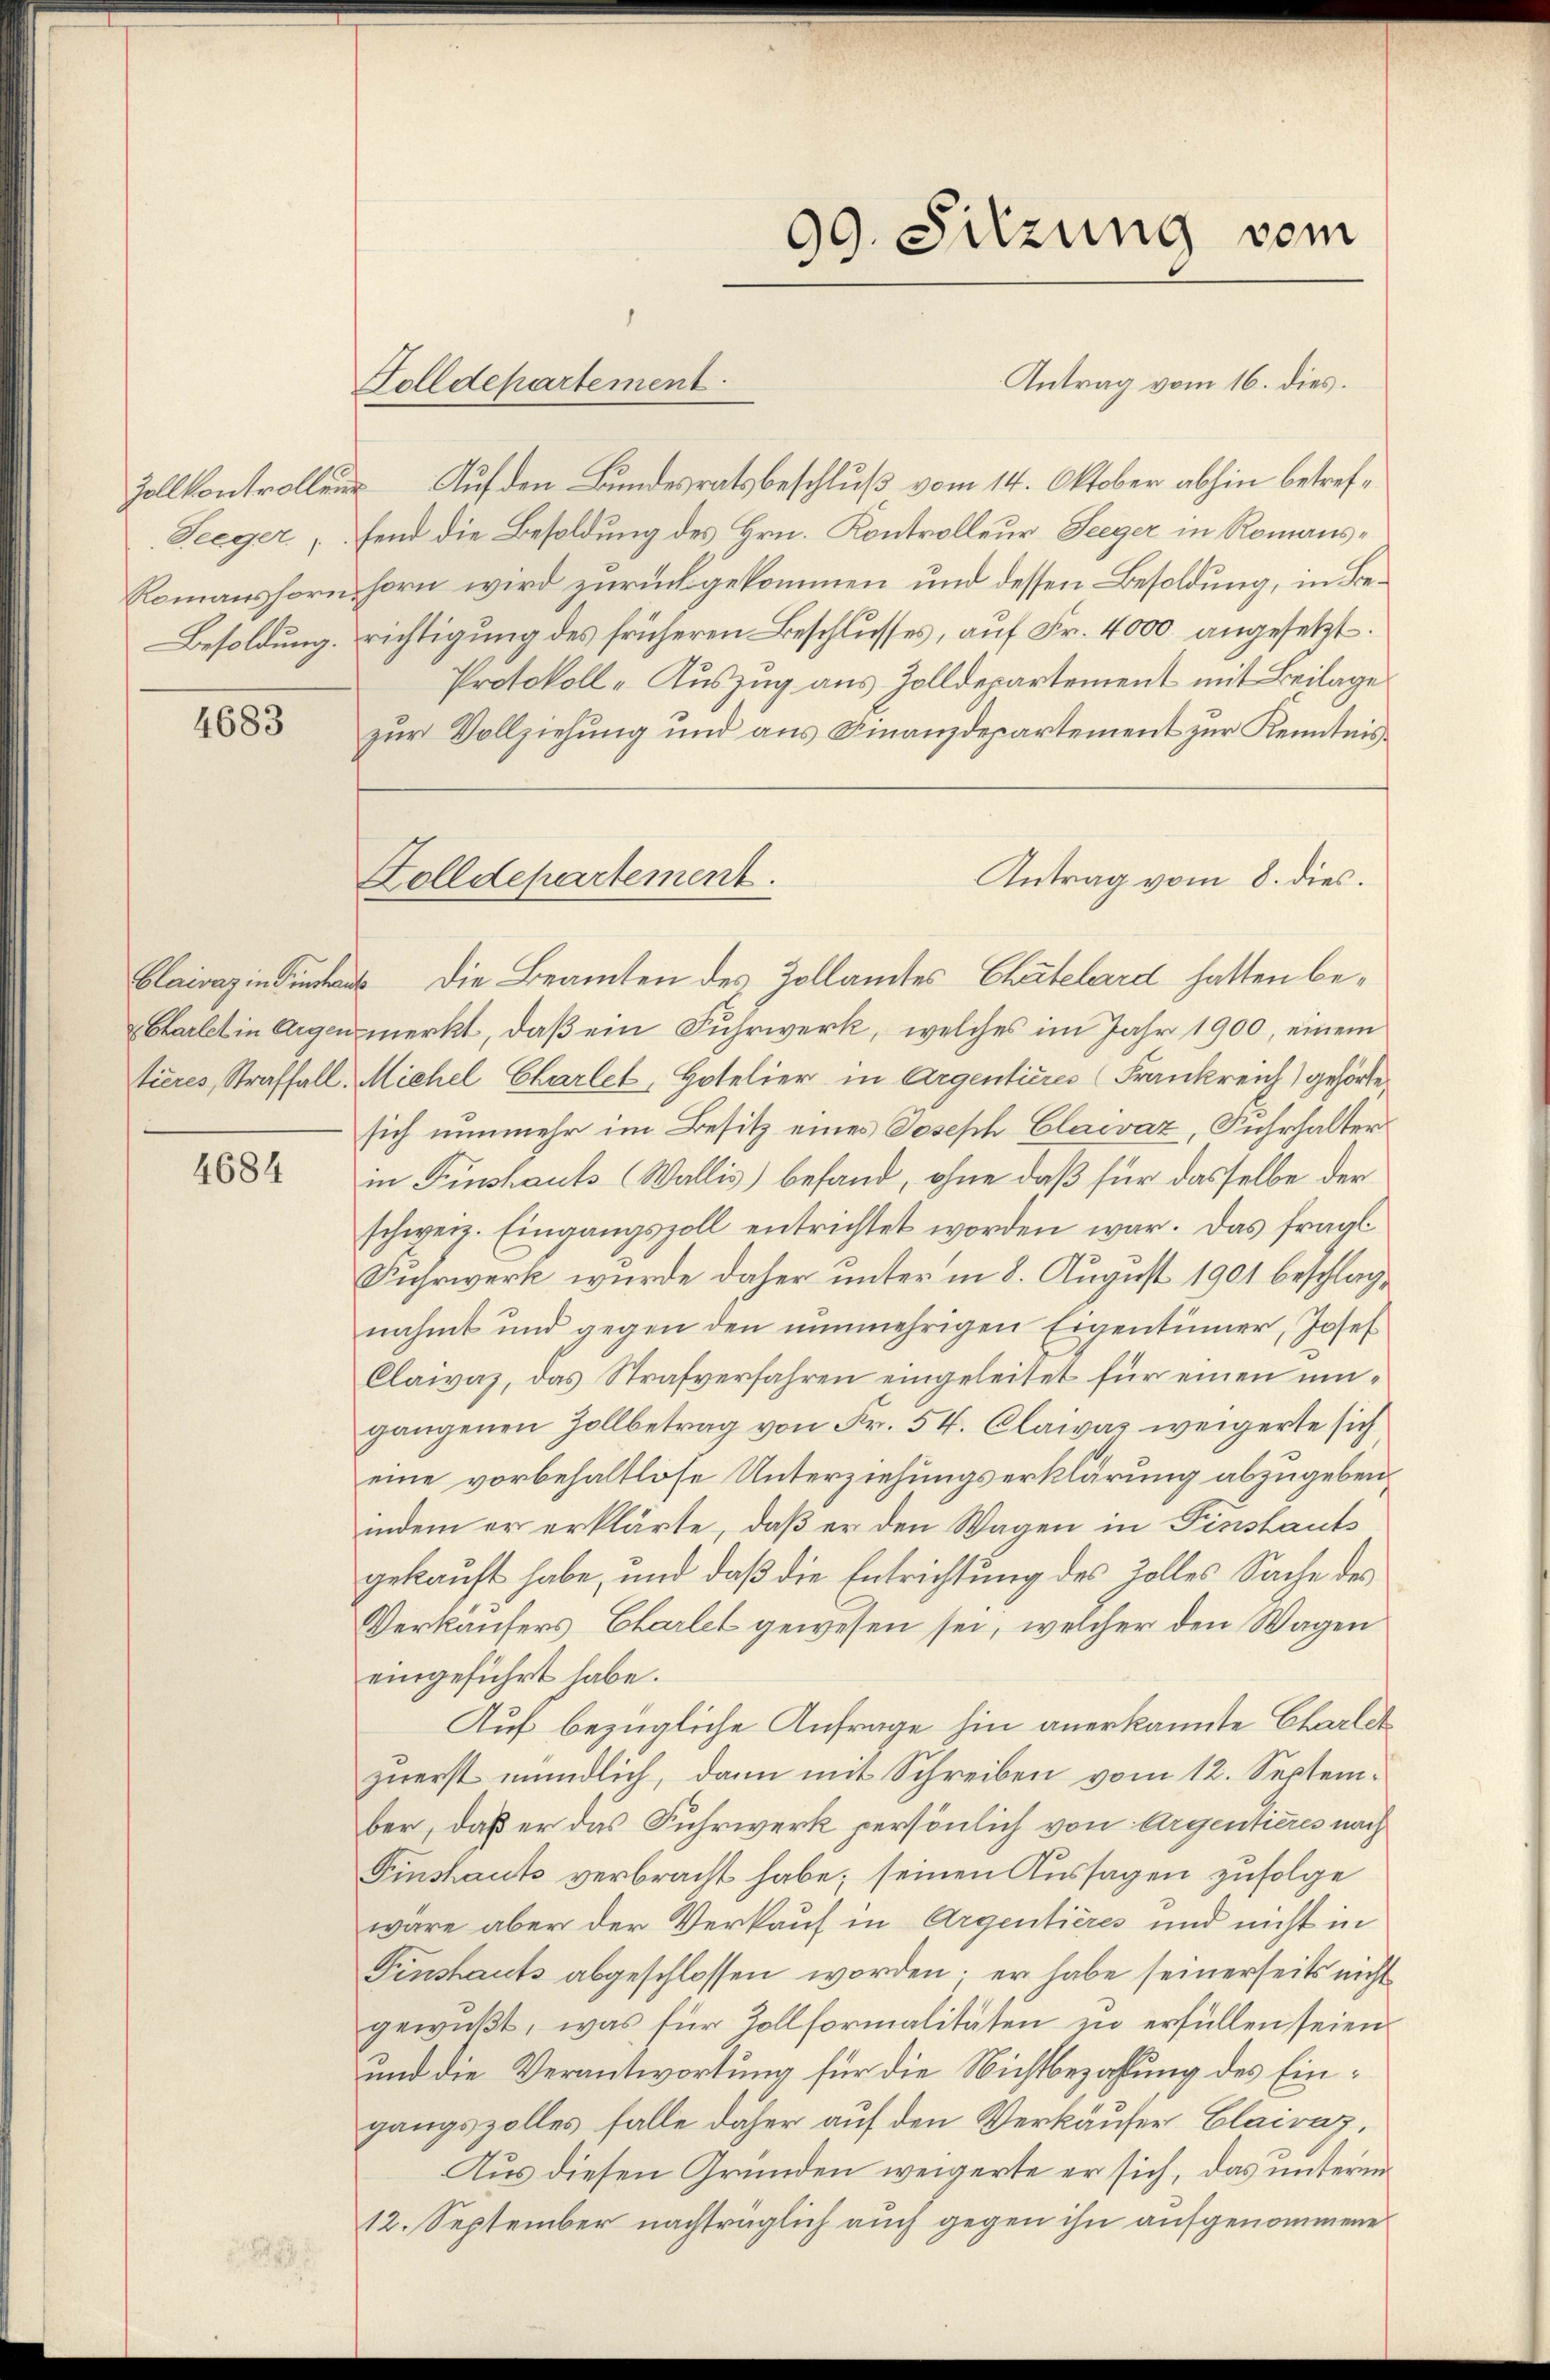
4683

4684

Solldepartement.

Zolldepartement.

99. Sitzung vom

Antrag vom 16. dies.
Zollkontrollen Auf den Bundesratsbeschluß vom 14. Oktober abhin betref¬
Seegerfend die Besoldung des Hrn. Kontrolleur Seeger in Romans¬
Romanshorn horn wird zurückgekommen und dessen Besoldung, in Be¬
Besoldung. richtigung des früheren Beschlusses, auf Fr. 4000 angesetzt.
Protokoll-Auszug aus Zolldepartement mit Beilage
zur Vollziehung und aus Finanzdepartement zur Kenntnis
Antrag vom 8. dies.
Clairaz in Tuch die Beamten des Zollamtes Chatelard hatten be¬
Chartet in Argen merkt, daß ein Fuhrwerk, welches im Jahr 1900, einem
tières, Straffall, Michel Chartet, Hotelier in Argentières (Frankreich) gehörte
sich nunmehr im Besitz eines Joseph Claevaz, Fuhrhalter
in Finschauts (Wallis) befand, ohne daß für dasselbe der
schweiz. Eingangszoll entrichtet worden war. Das fragl
Fuhrwerk wurde daher unter in 8. August 1901 beschlagnahmt und gegen den nunmehrigen Eigentümer, Josef
Claivaz, das Strafverfahren eingeleitet für einen umgangenen Zollbetrag von Fr. 54. Claivar weigerte sich
eine vorbehaltlose Unterziehungserklärung abzugeben.
indem er erklärte, daß er den Wagen in Finstauts
gekauft habe, und daß die Entrichtung des Zolles Sache des
Verkaufers Charlet gewesen sei, welcher den Wagen
eingeführt habe.
Auf bezügliche Anfrage hin anerkannte Charleh
zuerst mündlich, dann mit Schreiben vom 12. September, daß er das Fuhrwerk persönlich von Argentieres nach
Pinshauts verbracht habe; seinen Aussagen zufolge
wäre aber der Verkauf in Argentières und nicht in
Einstauts abgeschlossen worden; er habe seinerseits nicht
gewußt, was für Zollformalitäten zu erfüllen seien
und die Verantwortung für die Nichtbezahlung des Eingangszolles falle daher auf den Verkäufer Clairaz,
Aus diesen Gründen weigerte er sich, das unterem
12. September nachträglich auch gegen ihn aufgenommenes